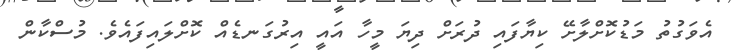
އެވަގުތު މަޑުކޮށްލާށޭ ކިޔާފައި ދުރަށް ދިޔަ މީހާ އައީ އިރުގަނޑެއް ކޮށްލައިފައެވެ. މުސްކާން